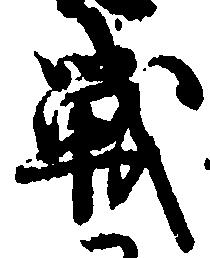
戦